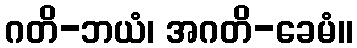
ဂတိ-ဘယံ၊ အဂတိ-ခေမံ။